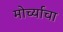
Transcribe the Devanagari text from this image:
मोर्च्याचा